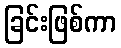
ခြင်းဖြစ်ကာ